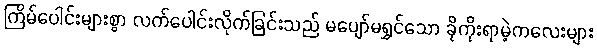
ကြိမ်ပေါင်းများစွာ လက်ပေါင်းလိုက်ခြင်းသည် မပျော်မရွှင်သော ခိုကိုးရာမဲ့ကလေးများ